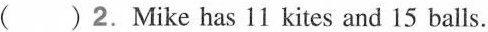
( ) 2.Mike has 11 kites and 15 balls.